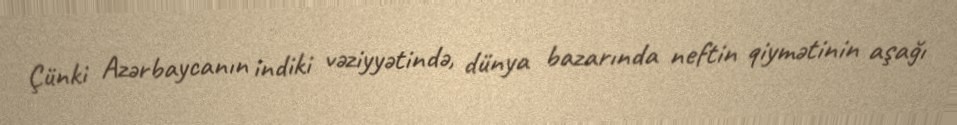
Çünki Azərbaycanın indiki vəziyyətində, dünya bazarında neftin qiymətinin aşağı